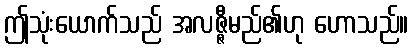
ဤသုံးယောက်သည် အလဇ္ဇီမည်၏ဟု ဟောသည်။